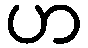
ဟ